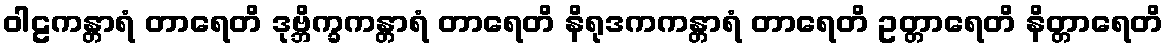
ဝါဠကန္တာရံ တာရေတိ ဒုဗ္ဘိက္ခကန္တာရံ တာရေတိ နိရုဒကကန္တာရံ တာရေတိ ဥတ္တာရေတိ နိတ္တာရေတိ